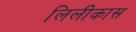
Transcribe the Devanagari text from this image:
लिलीकास